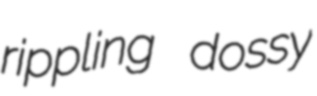
rippling dossy